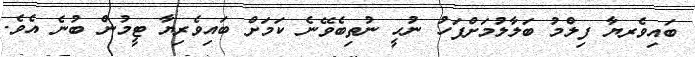
ބައިވެރޔާ ފިލްމު ބަލާލުމަށްފަހު ނުހީ ނުތިބެވޭނެ ކަމަށް ބައިވެރިޔާ ޓީމުން ބުނެ އެވެ.